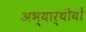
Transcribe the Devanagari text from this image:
अभ्यार्थीयों